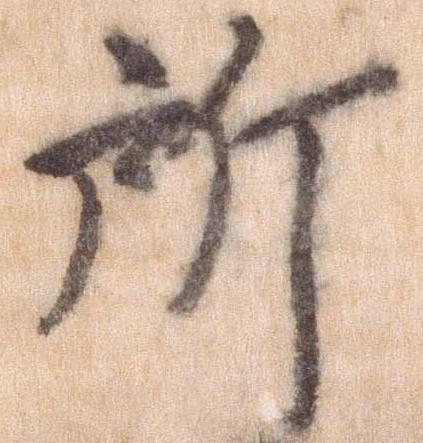
所